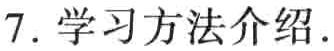
7. 学习方法介绍.